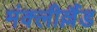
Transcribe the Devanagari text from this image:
मंक्लील्लैंड